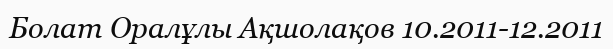
Болат Оралұлы Ақшолақов 10.2011-12.2011